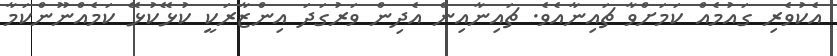
އެކުވެރި ގައުމެއް ކަމަށްވާ ޗައިނާއެވެ. ޗައިނާއިން އެދިން ވަރުގަދަ އިންޒާރަކީ ކުޅޭކުޅޭ ކަމެއްނޫންކަމާ